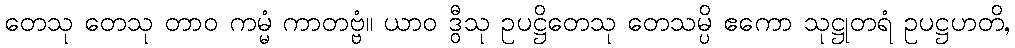
တေသု တေသု တာဝ ကမ္မံ ကာတဗ္ဗံ။ ယာဝ ဒွီသု ဥပဋ္ဌိတေသု တေသမ္ပိ ဧကော သုဋ္ဌုတရံ ဥပဋ္ဌဟတိ,